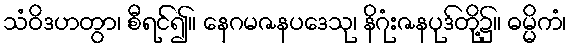
သံဝိဒဟတွာ၊ စီရင်၍။ နေဂမဇနပဒေသု၊ နိဂုံးဇနပုဒ်တို့၌။ ဓမ္မိကံ၊